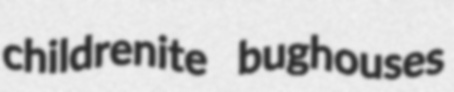
childrenite bughouses